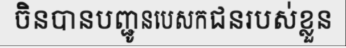
ចិនបានបញ្ជូនបេសកជនរបស់ខ្លួន